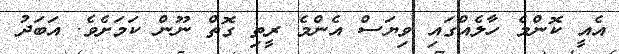
އެއީ ކޮންމެ ހާލެއްގައި ވިޔަސް އެންމެ ރީތި ގޮތް ނޫން ކަމަށެވެ. އަބަދު